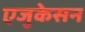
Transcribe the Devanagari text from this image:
एजुकेसन